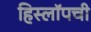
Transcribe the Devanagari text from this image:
हिस्लॉपची